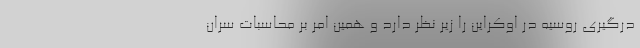
درگیری روسیه در اوکراین را زیر نظر دارد و همین امر بر محاسبات سران